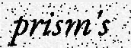
prism's